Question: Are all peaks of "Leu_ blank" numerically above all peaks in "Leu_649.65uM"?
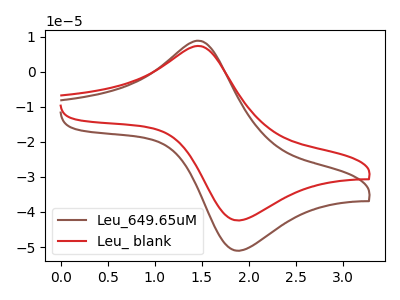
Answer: <think>The brown curve "Leu_649.65uM" has an anodic peak at (1.45V, 8.80uA) and a cathodic peak at (1.90V, -50.95uA). The red curve "Leu_ blank" has an anodic peak at (1.45V, 7.35uA) and a cathodic peak at (1.90V, -42.35uA).</think>
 <answer>Every peak in "Leu_ blank" is lower than every peak in "Leu_649.65uM".</answer>
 <eval>lower</eval>